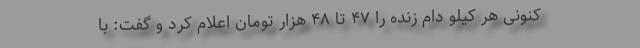
کنونی هر کیلو دام زنده را ۴۷ تا ۴۸ هزار تومان اعلام کرد و گفت: با